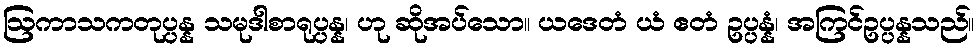
ဩကာသကတုပ္ပန္န သမုဒါစာရုပ္ပန္န၊ ဟု ဆိုအပ်သော။ ယဒေတံ ယံ ဧတံ ဥပ္ပန္နံ၊ အကြင်ဥပ္ပန္နသည်။